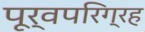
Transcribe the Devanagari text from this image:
पूर्वपरिग्रह